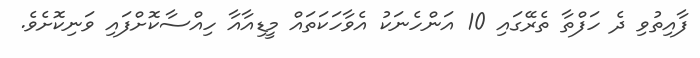
ފާއިތުވި ދެ ހަފްތާ ތެރޭގައި 10 އަންހެނަކު އެވާހަކަތައް މީޑިއާއާ ހިއްސާކޮށްފައި ވަނިކޮށެވެ.